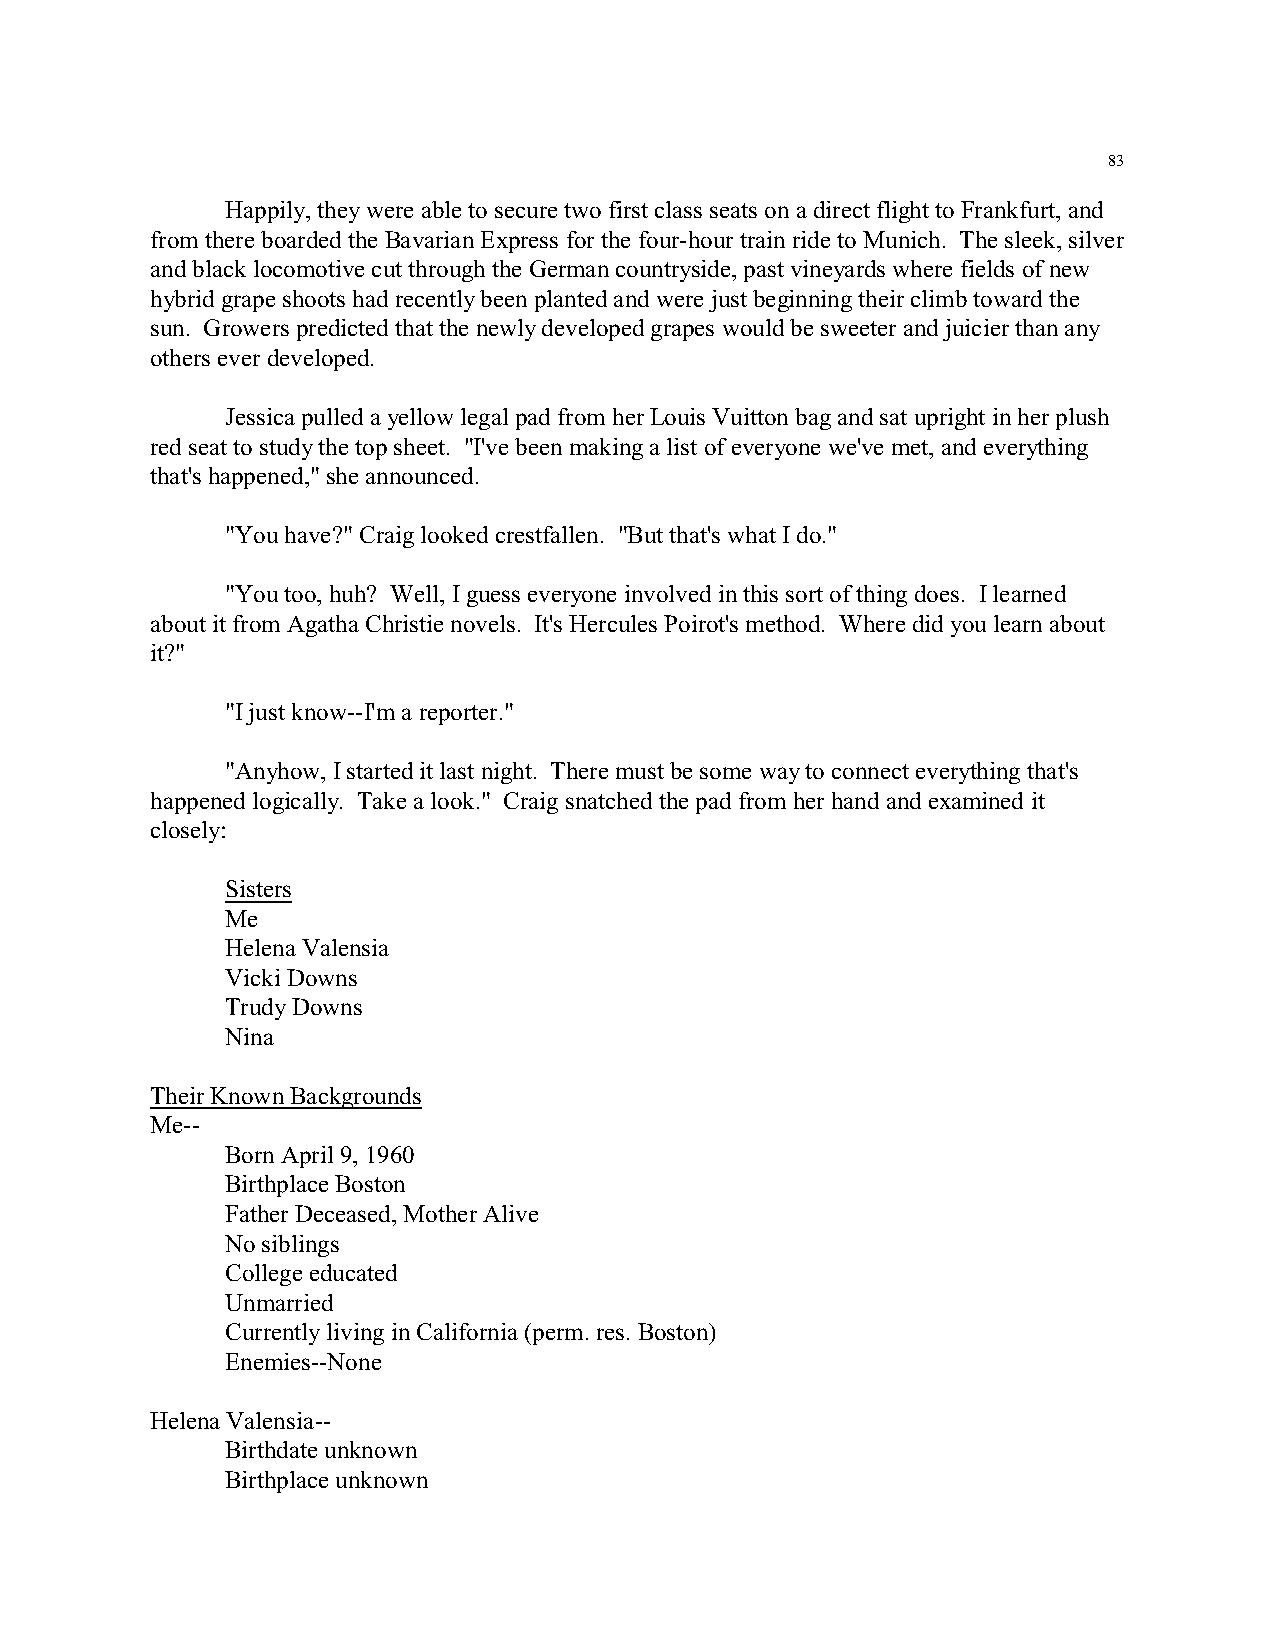
83
 Happily, they were able to secure two first class seats on a direct flight to Frankfurt, and
 from there boarded the Bavarian Express for the four-hour train ride to Munich. The sleek, silver
 and black locomotive cut through the German countryside, past vineyards where fields of new
 hybrid grape shoots had recently been planted and were just beginning their climb toward the
 sun. Growers predicted that the newly developed grapes would be sweeter and juicier than any
 others ever developed.
 Jessica pulled a yellow legal pad from her Louis Vuitton bag and sat upright in her plush
 red seat to study the top sheet. "I've been making a list of everyone we've met, and everything
 that's happened," she announced.
 "You have?" Craig looked crestfallen. "But that's what I do."
 "You too, huh? Well, I guess everyone involved in this sort of thing does. I learned
 about it from Agatha Christie novels. It's Hercules Poirot's method. Where did you learn about
 it?"
 "I just know--I'm a reporter."
 "Anyhow, I started it last night. There must be some way to connect everything that's
 happened logically. Take a look." Craig snatched the pad from her hand and examined it
 closely:
 Sisters
 Me
 Helena Valensia
 Vicki Downs
 Trudy Downs
 Nina
 Their Known Backgrounds
 Me--
 Born April 9, 1960
 Birthplace Boston
 Father Deceased, Mother Alive
 No siblings
 College educated
 Unmarried
 Currently living in California (perm. res. Boston)
 Enemies--None
 Helena Valensia--
 Birthdate unknown
 Birthplace unknown